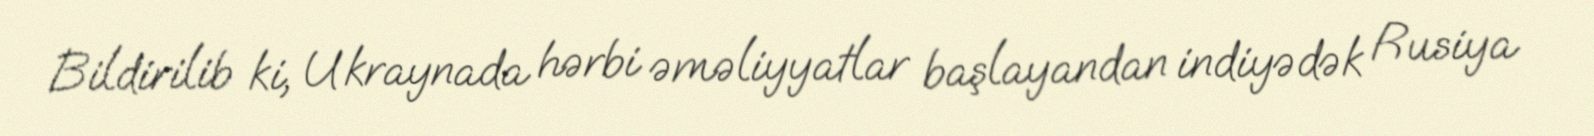
Bildirilib ki, Ukraynada hərbi əməliyyatlar başlayandan indiyədək Rusiya